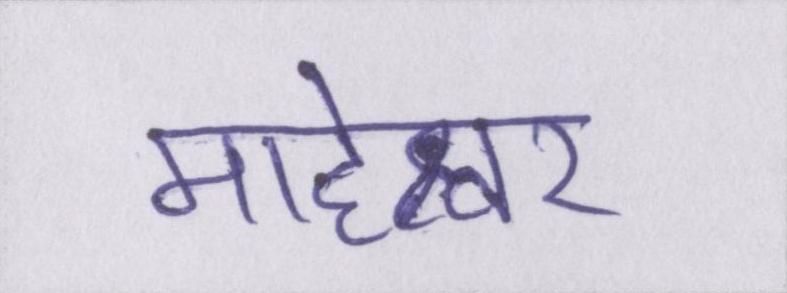
माहेश्वर